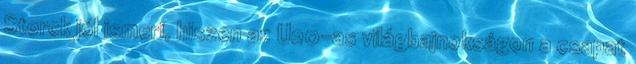
Storck jól ismeri, hiszen az U20-as világbajnokságon a csapat